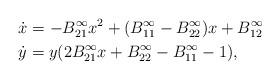
LaTeX: \begin{align*} & \dot{x} = - B^{\infty}_{21} x^{2} + (B^{\infty}_{11} - B^{\infty}_{22}) x + B^{\infty}_{12}\\ & \dot{y} = y( 2 B^{\infty}_{21} x + B^{\infty}_{22} - B^{\infty}_{11} -1),\end{align*}